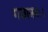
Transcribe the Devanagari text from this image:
गजाननः।